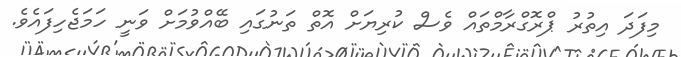
މިފަދަ އިތުރު ޕްރޮގްރާމްތައް ވެސް ކުރިޔަށް އޮތް ތަނުގައި ބޭއްވުމަށް ވަނީ ހަމަޖެހިފައެވެ.